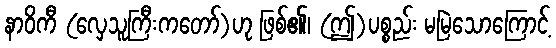
နာဝိကီ (လှေသူကြီးကတော်)ဟု ဖြစ်၏၊ (ဤ)ပစ္စည်း မမြဲသောကြောင့်